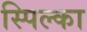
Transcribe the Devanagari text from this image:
स्पिल्का